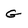
Character: G